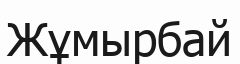
Жұмырбай